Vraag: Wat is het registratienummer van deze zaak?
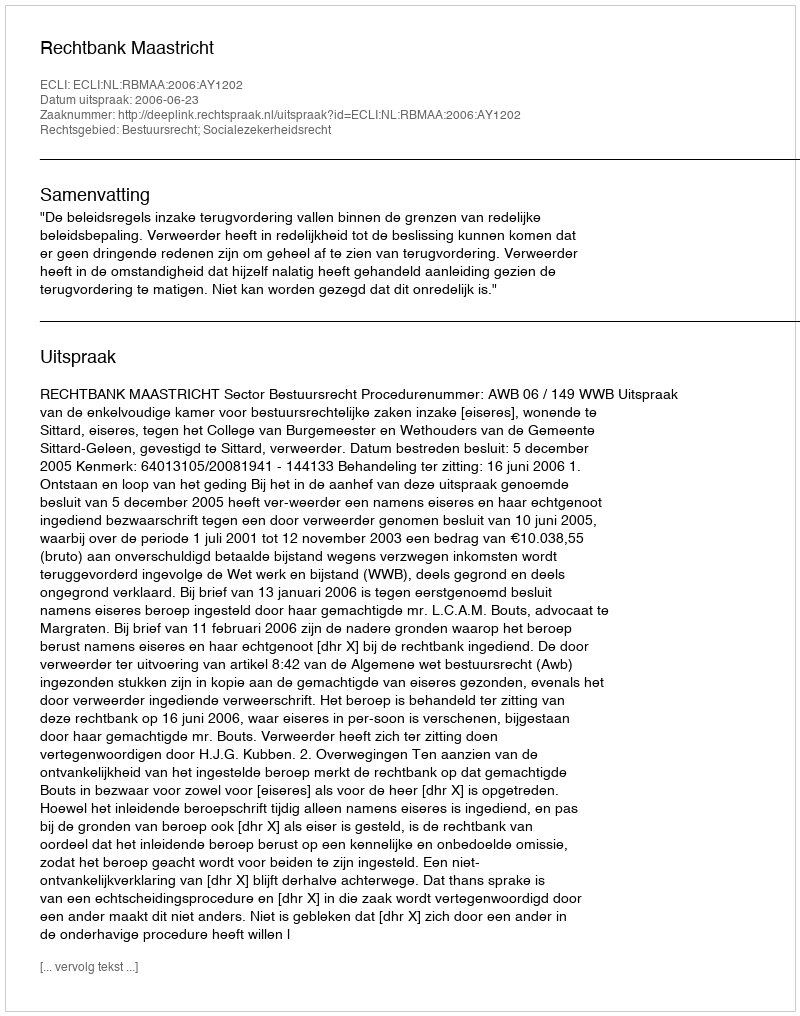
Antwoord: http://deeplink.rechtspraak.nl/uitspraak?id=ECLI:NL:RBMAA:2006:AY1202